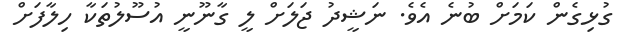
ގުޅިގެން ކަމަށް ބުނެ އެވެ. ނަޝީދު ޖަލަށް ލީ ގާނޫނީ އުސޫލުތަކާ ހިލާފަށް